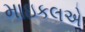
માઇકલએ